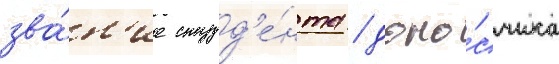
зва́н'ие студ'е́нта / доно́счика